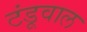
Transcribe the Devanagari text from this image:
टंडूवाल